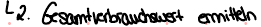
2. Gesamtverbrauchswert ermitteln